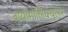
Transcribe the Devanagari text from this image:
बायोमालिक्युलर